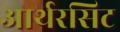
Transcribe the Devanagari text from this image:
आर्थरसिट